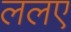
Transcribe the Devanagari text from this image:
ललए